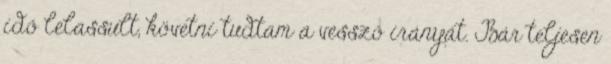
idő lelassult, követni tudtam a vessző irányát. Bár teljesen